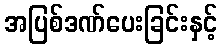
အပြစ်ဒဏ်ပေးခြင်းနှင့်